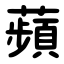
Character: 蘋